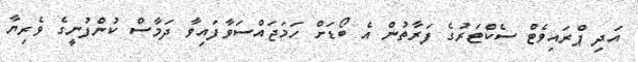
އަދި ޕްރައިވެޓް ސެކްޓަރުގެ ފަރާތުން އެ ބޯޑަށް ހަމަޖައްސަވާފައިވާ ދަމާސް ކުންފުނީގެ ވެރިޔާ